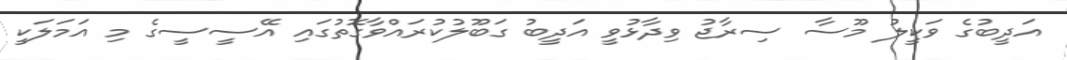
އަދީބުގެ ވަކީލު މޫސާ ސިރާޖު ވިދާޅުވީ އަދީބު ގަބޫލުކުރައްވާގޮތުގައި އޭސީސީގެ މި އަމަލަކީ